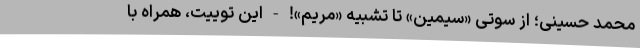
محمد حسینی؛ از سوتیِ «سیمین» تا تشبیه «مریم»! - این توییت، همراه با